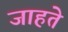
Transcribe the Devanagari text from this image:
जाहते